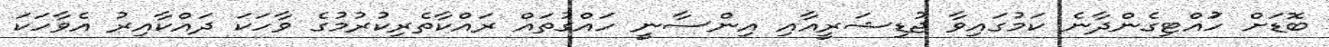
ބޮޑަށް ހުައްޓިގެންދާނެ ކަމުގައިވާ ޖުޑިޝަރީއާއި އިންސާނީ ހައްގުތައް ރައްކާތެރިކުރުމުގެ ވާހަކަ ދައްކާއިރު އެވާހަކަ